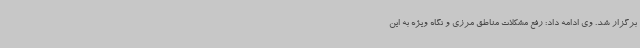
برگزار شد. وی ادامه داد: رفع مشکلات مناطق مرزی و نگاه ویژه به این